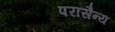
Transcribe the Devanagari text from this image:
परासैन्य